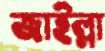
জাইল্লা